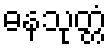
ဓနသုတ္တံ